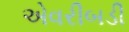
એવરીબડી